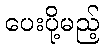
ပေးပို့မည့်